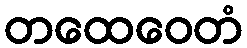
တထေဝေတံ